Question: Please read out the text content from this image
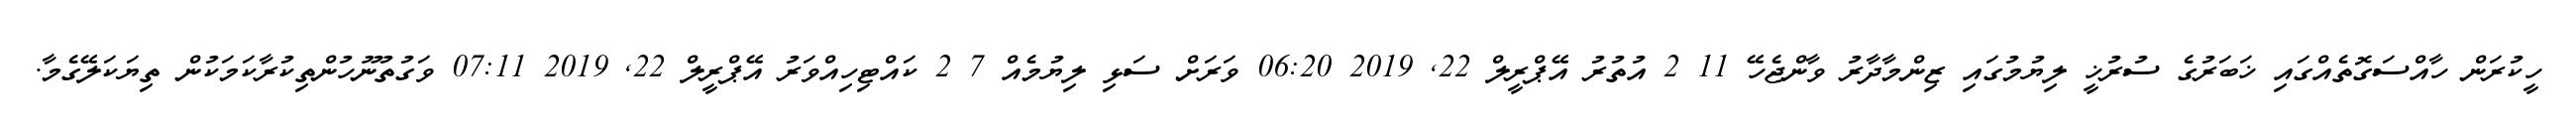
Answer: ހީކުރަން ހާއްސަގޮތެއްގައި ޚަބަރުގެ ސުރުޚީ ލިޔުމުގައި ޒިންމާދާރު ވާންޖެހޭ 11 2 އުތުރު އޭޕްރީލް 22, 2019 06:20 ވަރަށް ސަޅި ލިޔުމެއް 7 2 ކައްޓިހިއްވަރު އޭޕްރީލް 22, 2019 07:11 ވަގުތުނޫހުންތިކުރާކަމަކުން ތިޔަކަލޭގެމާ.